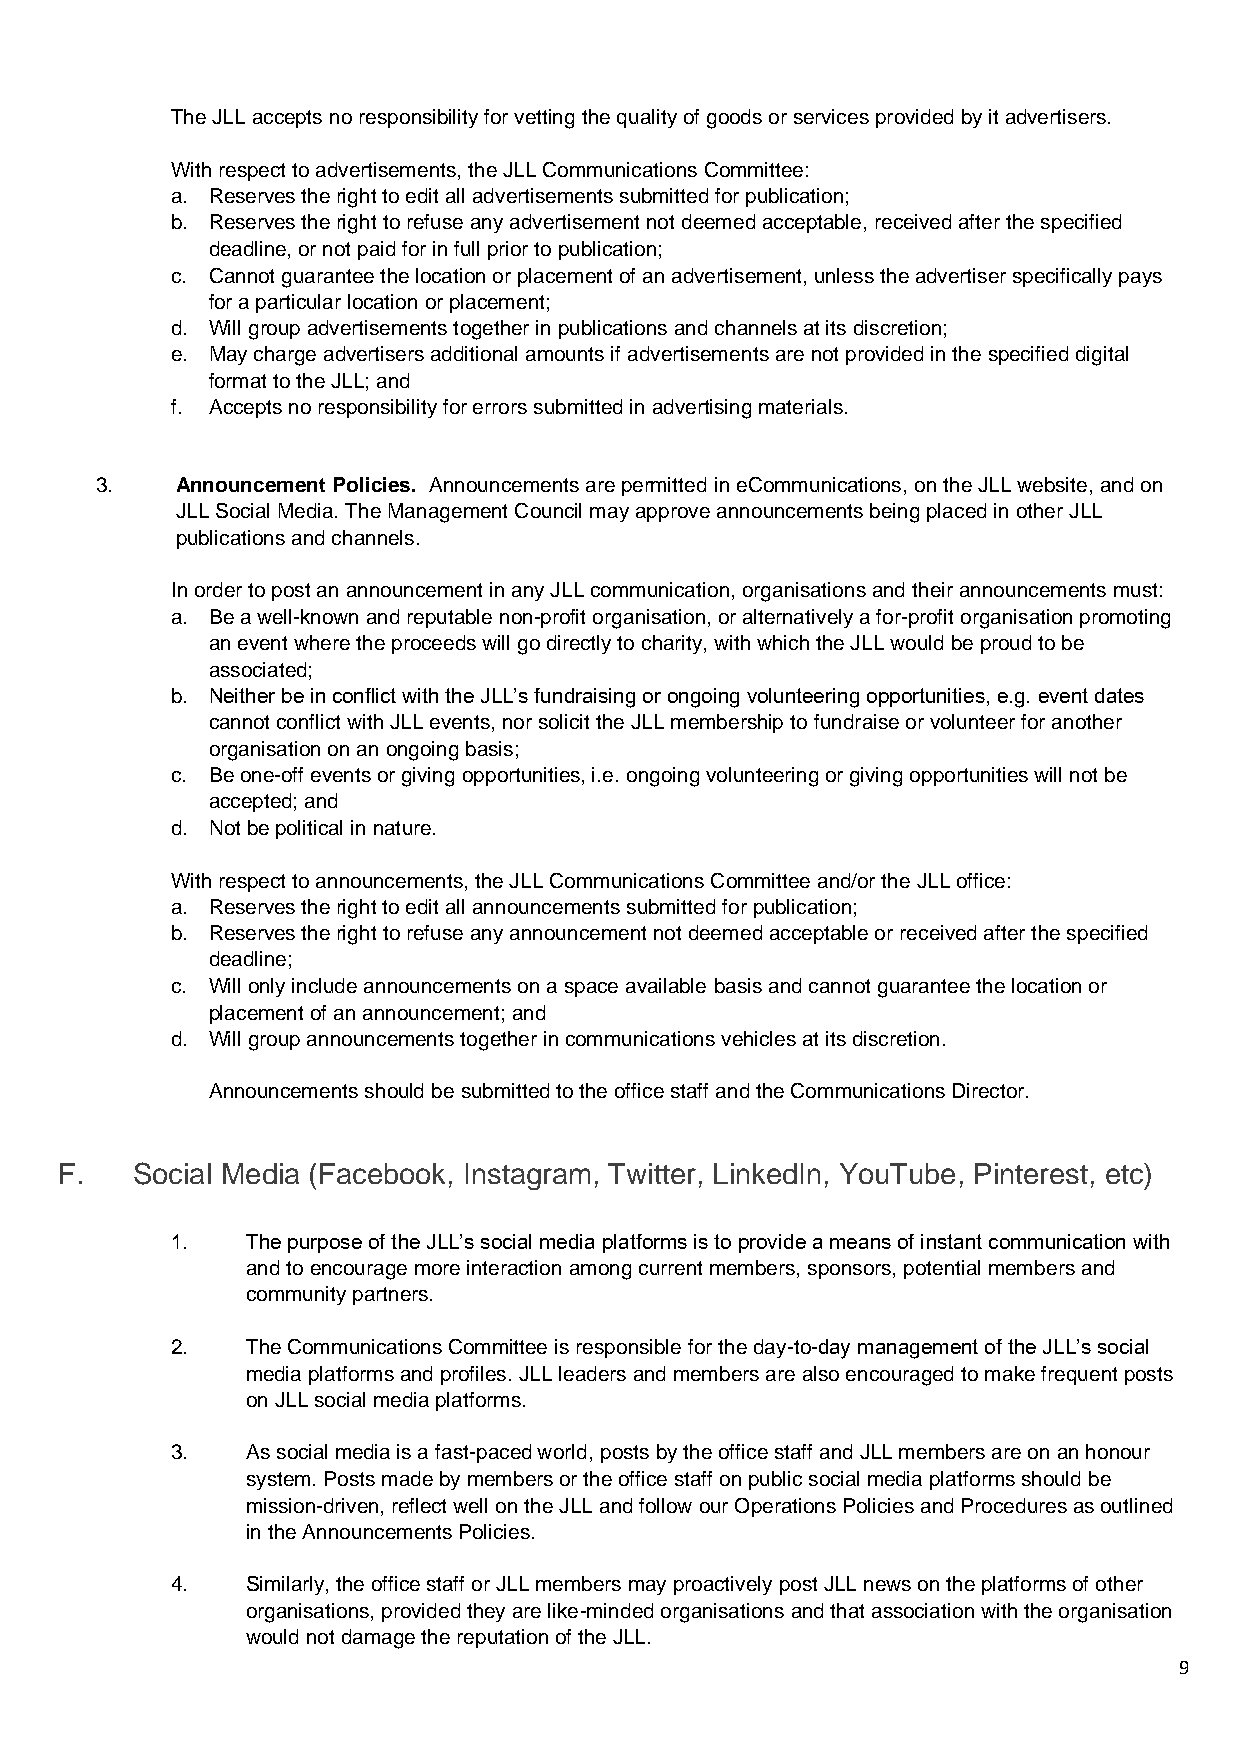
The JLL accepts no responsibility for vetting the quality of goods or services provided by it advertisers.
 With respect to advertisements, the JLL Communications Committee:
 a. Reserves the right to edit all advertisements submitted for publication;
 b. Reserves the right to refuse any advertisement not deemed acceptable, received after the specified
 deadline, or not paid for in full prior to publication;
 c. Cannot guarantee the location or placement of an advertisement, unless the advertiser specifically pays
 for a particular location or placement;
 d. Will group advertisements together in publications and channels at its discretion;
 e. May charge advertisers additional amounts if advertisements are not provided in the specified digital
 format to the JLL; and
 f. Accepts no responsibility for errors submitted in advertising materials.
 3.    Announcement Policies. Announcements are permitted in eCommunications, on the JLL website, and on
 JLL Social Media. The Management Council may approve announcements being placed in other JLL
 publications and channels.
 In order to post an announcement in any JLL communication, organisations and their announcements must:
 a. Be a well-known and reputable non-profit organisation, or alternatively a for-profit organisation promoting
 an event where the proceeds will go directly to charity, with which the JLL would be proud to be
 associated;
 b. Neither be in conflict with the JLL’s fundraising or ongoing volunteering opportunities, e.g. event dates
 cannot conflict with JLL events, nor solicit the JLL membership to fundraise or volunteer for another
 organisation on an ongoing basis;
 c. Be one-off events or giving opportunities, i.e. ongoing volunteering or giving opportunities will not be
 accepted; and
 d. Not be political in nature.
 With respect to announcements, the JLL Communications Committee and/or the JLL office:
 a. Reserves the right to edit all announcements submitted for publication;
 b. Reserves the right to refuse any announcement not deemed acceptable or received after the specified
 deadline;
 c. Will only include announcements on a space available basis and cannot guarantee the location or
 placement of an announcement; and
 d. Will group announcements together in communications vehicles at its discretion.
 Announcements should be submitted to the office staff and the Communications Director.
 F.   Social Media (Facebook, Instagram, Twitter, LinkedIn, YouTube, Pinterest, etc)
 1.   The purpose of the JLL’s social media platforms is to provide a means of instant communication with
 and to encourage more interaction among current members, sponsors, potential members and
 community partners.
 2.   The Communications Committee is responsible for the day-to-day management of the JLL’s social
 media platforms and profiles. JLL leaders and members are also encouraged to make frequent posts
 on JLL social media platforms.
 3.   As social media is a fast-paced world, posts by the office staff and JLL members are on an honour
 system. Posts made by members or the office staff on public social media platforms should be
 mission-driven, reflect well on the JLL and follow our Operations Policies and Procedures as outlined
 in the Announcements Policies.
 4.   Similarly, the office staff or JLL members may proactively post JLL news on the platforms of other
 organisations, provided they are like-minded organisations and that association with the organisation
 would not damage the reputation of the JLL.
 9